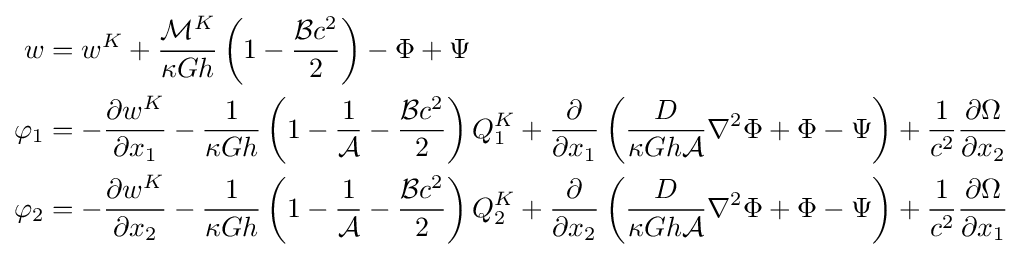
{\begin{aligned}w&=w^{K}+{\frac {{\mathcal {M}}^{K}}{\kappa Gh}}\left(1-{\frac {{\mathcal {B}}c^{2}}{2}}\right)-\Phi +\Psi \\\varphi _{1}&=-{\frac {\partial w^{K}}{\partial x_{1}}}-{\frac {1}{\kappa Gh}}\left(1-{\frac {1}{\mathcal {A}}}-{\frac {{\mathcal {B}}c^{2}}{2}}\right)Q_{1}^{K}+{\frac {\partial }{\partial x_{1}}}\left({\frac {D}{\kappa Gh{\mathcal {A}}}}\nabla ^{2}\Phi +\Phi -\Psi \right)+{\frac {1}{c^{2}}}{\frac {\partial \Omega }{\partial x_{2}}}\\\varphi _{2}&=-{\frac {\partial w^{K}}{\partial x_{2}}}-{\frac {1}{\kappa Gh}}\left(1-{\frac {1}{\mathcal {A}}}-{\frac {{\mathcal {B}}c^{2}}{2}}\right)Q_{2}^{K}+{\frac {\partial }{\partial x_{2}}}\left({\frac {D}{\kappa Gh{\mathcal {A}}}}\nabla ^{2}\Phi +\Phi -\Psi \right)+{\frac {1}{c^{2}}}{\frac {\partial \Omega }{\partial x_{1}}}\end{aligned}}